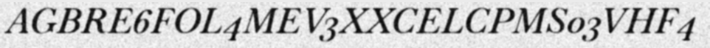
AGBRE6FOL4MEV3XXCELCPMS03VHF4